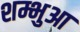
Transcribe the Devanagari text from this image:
शम्भुआ